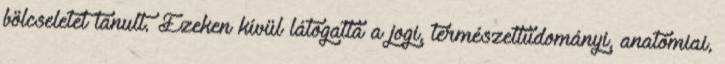
bölcseletet tanult. Ezeken kívül látogatta a jogi, természettudományi, anatómiai,